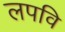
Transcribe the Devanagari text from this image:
लपवि